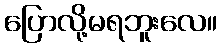
ပြောလို့မရဘူးလေ။